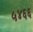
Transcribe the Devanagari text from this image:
५४६६